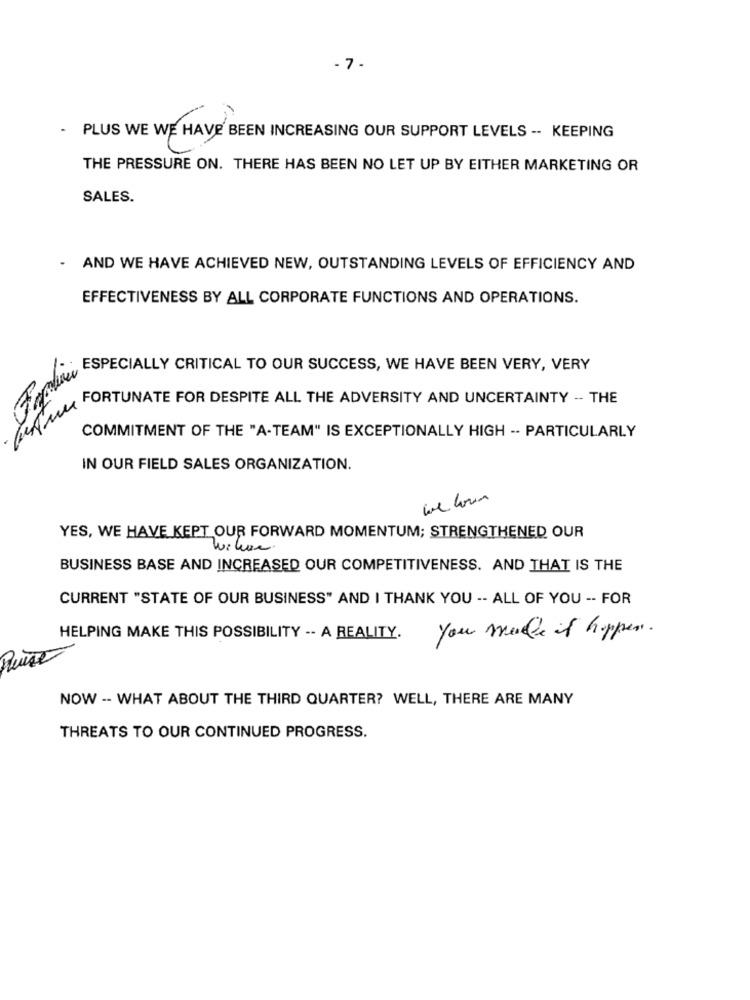
- 7 -
PLUS WE WE HAVE BEEN INCREASING OUR SUPPORT LEVELS -- KEEPING
THE PRESSURE ON. THERE HAS BEEN NO LET UP BY EITHER MARKETING OR
SALES.
AND WE HAVE ACHIEVED NEW, OUTSTANDING LEVELS OF EFFICIENCY AND
EFFECTIVENESS BY ALL CORPORATE FUNCTIONS AND OPERATIONS.
Now CIALLY CRITICAL TO OUR SUCCESS. WE HAVE BEEN VERY, VERY
I'M A PORTIONATE FOR DESPITE ALL THE ADVERSITY AND UNCERTAINTY -- THE
COMMITMENT OF THE "A-TEAM" IS EXCEPTIONALLY HIGH -- PARTICULARLY
IN OUR FIELD SALES ORGANIZATION.
we love
YES, WE HAVE KEPT OUR FORWARD MOMENTUM; STRENGTHENED OUR
BUSINESS BASE AND INCREASED OUR COMPETITIVENESS. AND THAT IS THE
CURRENT "STATE OF OUR BUSINESS" AND I THANK YOU -- ALL OF YOU -- FOR
HELPING MAKE THIS POSSIBILITY -- A REALITY.
You make it happen .
NOW -- WHAT ABOUT THE THIRD QUARTER? WELL, THERE ARE MANY
THREATS TO OUR CONTINUED PROGRESS.